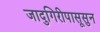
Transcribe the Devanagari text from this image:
जादुगिरीपासूसुन